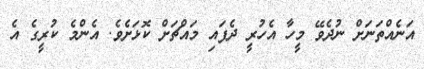
އަނެއްތަނަށް ނުދެވޭ މީހާ އެހުރީ ދެފައި މައްޗަށް ކޮޅަށެވެ. އެންމެ ކުރީގެ އެ